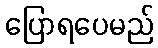
ပြောရပေမည်